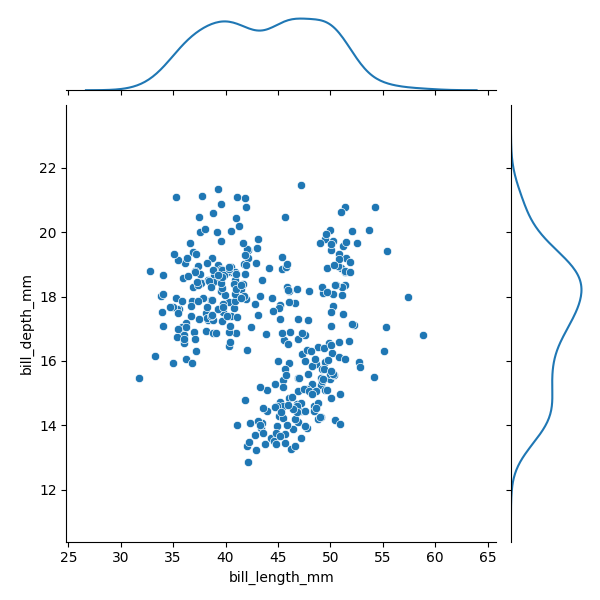
python, seaborn, JointGrid, scatterplot, kdeplot